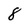
Character: 8